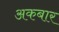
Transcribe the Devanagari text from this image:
अकबार